Elephants and their diseases
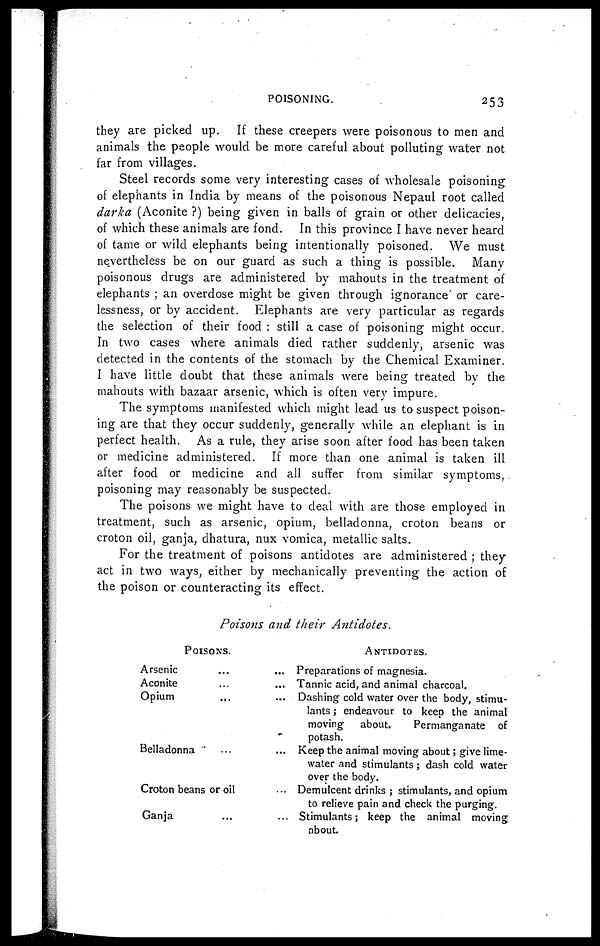
POISONING.
253
they are picked up. If these creepers were poisonous to men and
animals the people would be more careful about polluting water not
far from villages.
Steel records some very interesting cases of wholesale poisoning
of elephants in India by means of the poisonous Nepaul root called
darka (Aconite ?) being given in balls of grain or other delicacies,
of which these animals are fond. In this province I have never heard
of tame or wild elephants being intentionally poisoned. We must
nevertheless be on our guard as such a thing is possible. Many
poisonous drugs are administered by mahouts in the treatment of
elephants ; an overdose might be given through ignorance" or care-
lessness, or by accident. Elephants are very particular as regards
the selection of their food ; still a case of poisoning might occur.
In two cases where animals died rather suddenly, arsenic was
detected in the contents of the stomach by the Chemical Examiner.
I have little doubt that these animals were being treated by the
mahouts with bazaar arsenic, which is often very impure.
The symptoms manifested which might lead us to suspect poison-
ing are that they occur suddenly, generally while an elephant is in
perfect health. As a rule, they arise soon after food has been taken
or medicine administered. If more than one animal is taken ill
after food or medicine and all suffer from similar symptoms,
poisoning may reasonably be suspected.
The poisons we might have to deal with are those employed in
treatment, such as arsenic, opium, belladonna, croton beans or
croton oil, ganja, dhatura, nux vomica, metallic salts.
For the treatment of poisons antidotes are administered ; they
act in two ways, either by mechanically preventing the action of
the poison or counteracting its effect.
Poisons and their Antidotes.
POISONS.
ANTIDOTS.
Arsenic
...
...
Aconite ... ...
Opium
...
...
Belladonna
......
Croton beans or oil...
Ganja......
Preparations of magnesia.
Tannic acid, and animal charcoal.
Dashing cold water over the body, stimu-
lants ; endeavour to keep the animal
moving about.
Permanganate of
potash.
Keep the animal moving about ; give lime-
water and stimulants ; dash cold water
over the body.
Demulcent drinks ; stimulants, and opium
to relieve pain and check the purging.
Stimulants ; keep the animal moving
about.